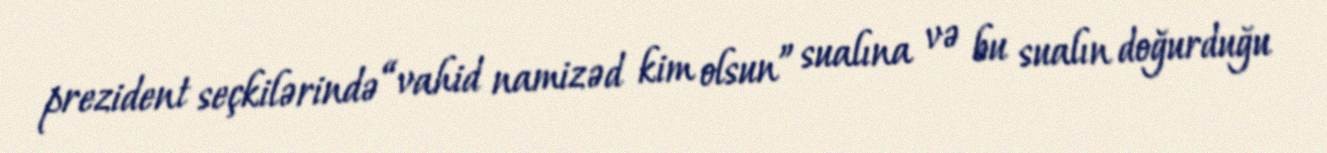
prezident seçkilərində “vahid namizəd kim olsun” sualına və bu sualın doğurduğu